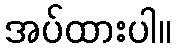
အပ်ထားပါ။